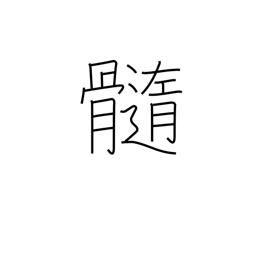
Meaning: marrow